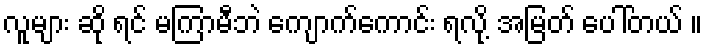
လူများ ဆို ရင် မကြာမီဘဲ ကျောက်ကောင်း ရလို့ အမြတ် ပေါ်တယ် ။